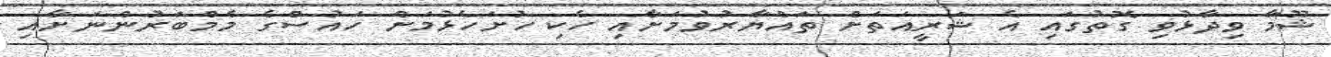
ޝޫމާ ވިދާޅުވި ގޮތުގައި އެ ޝަރީއަތަށް ތައްޔާރުވުމަށާއި ހެކި ހުށަހެޅުމަށް ހައުސްގެ މެމްބަރުންނަށާއި